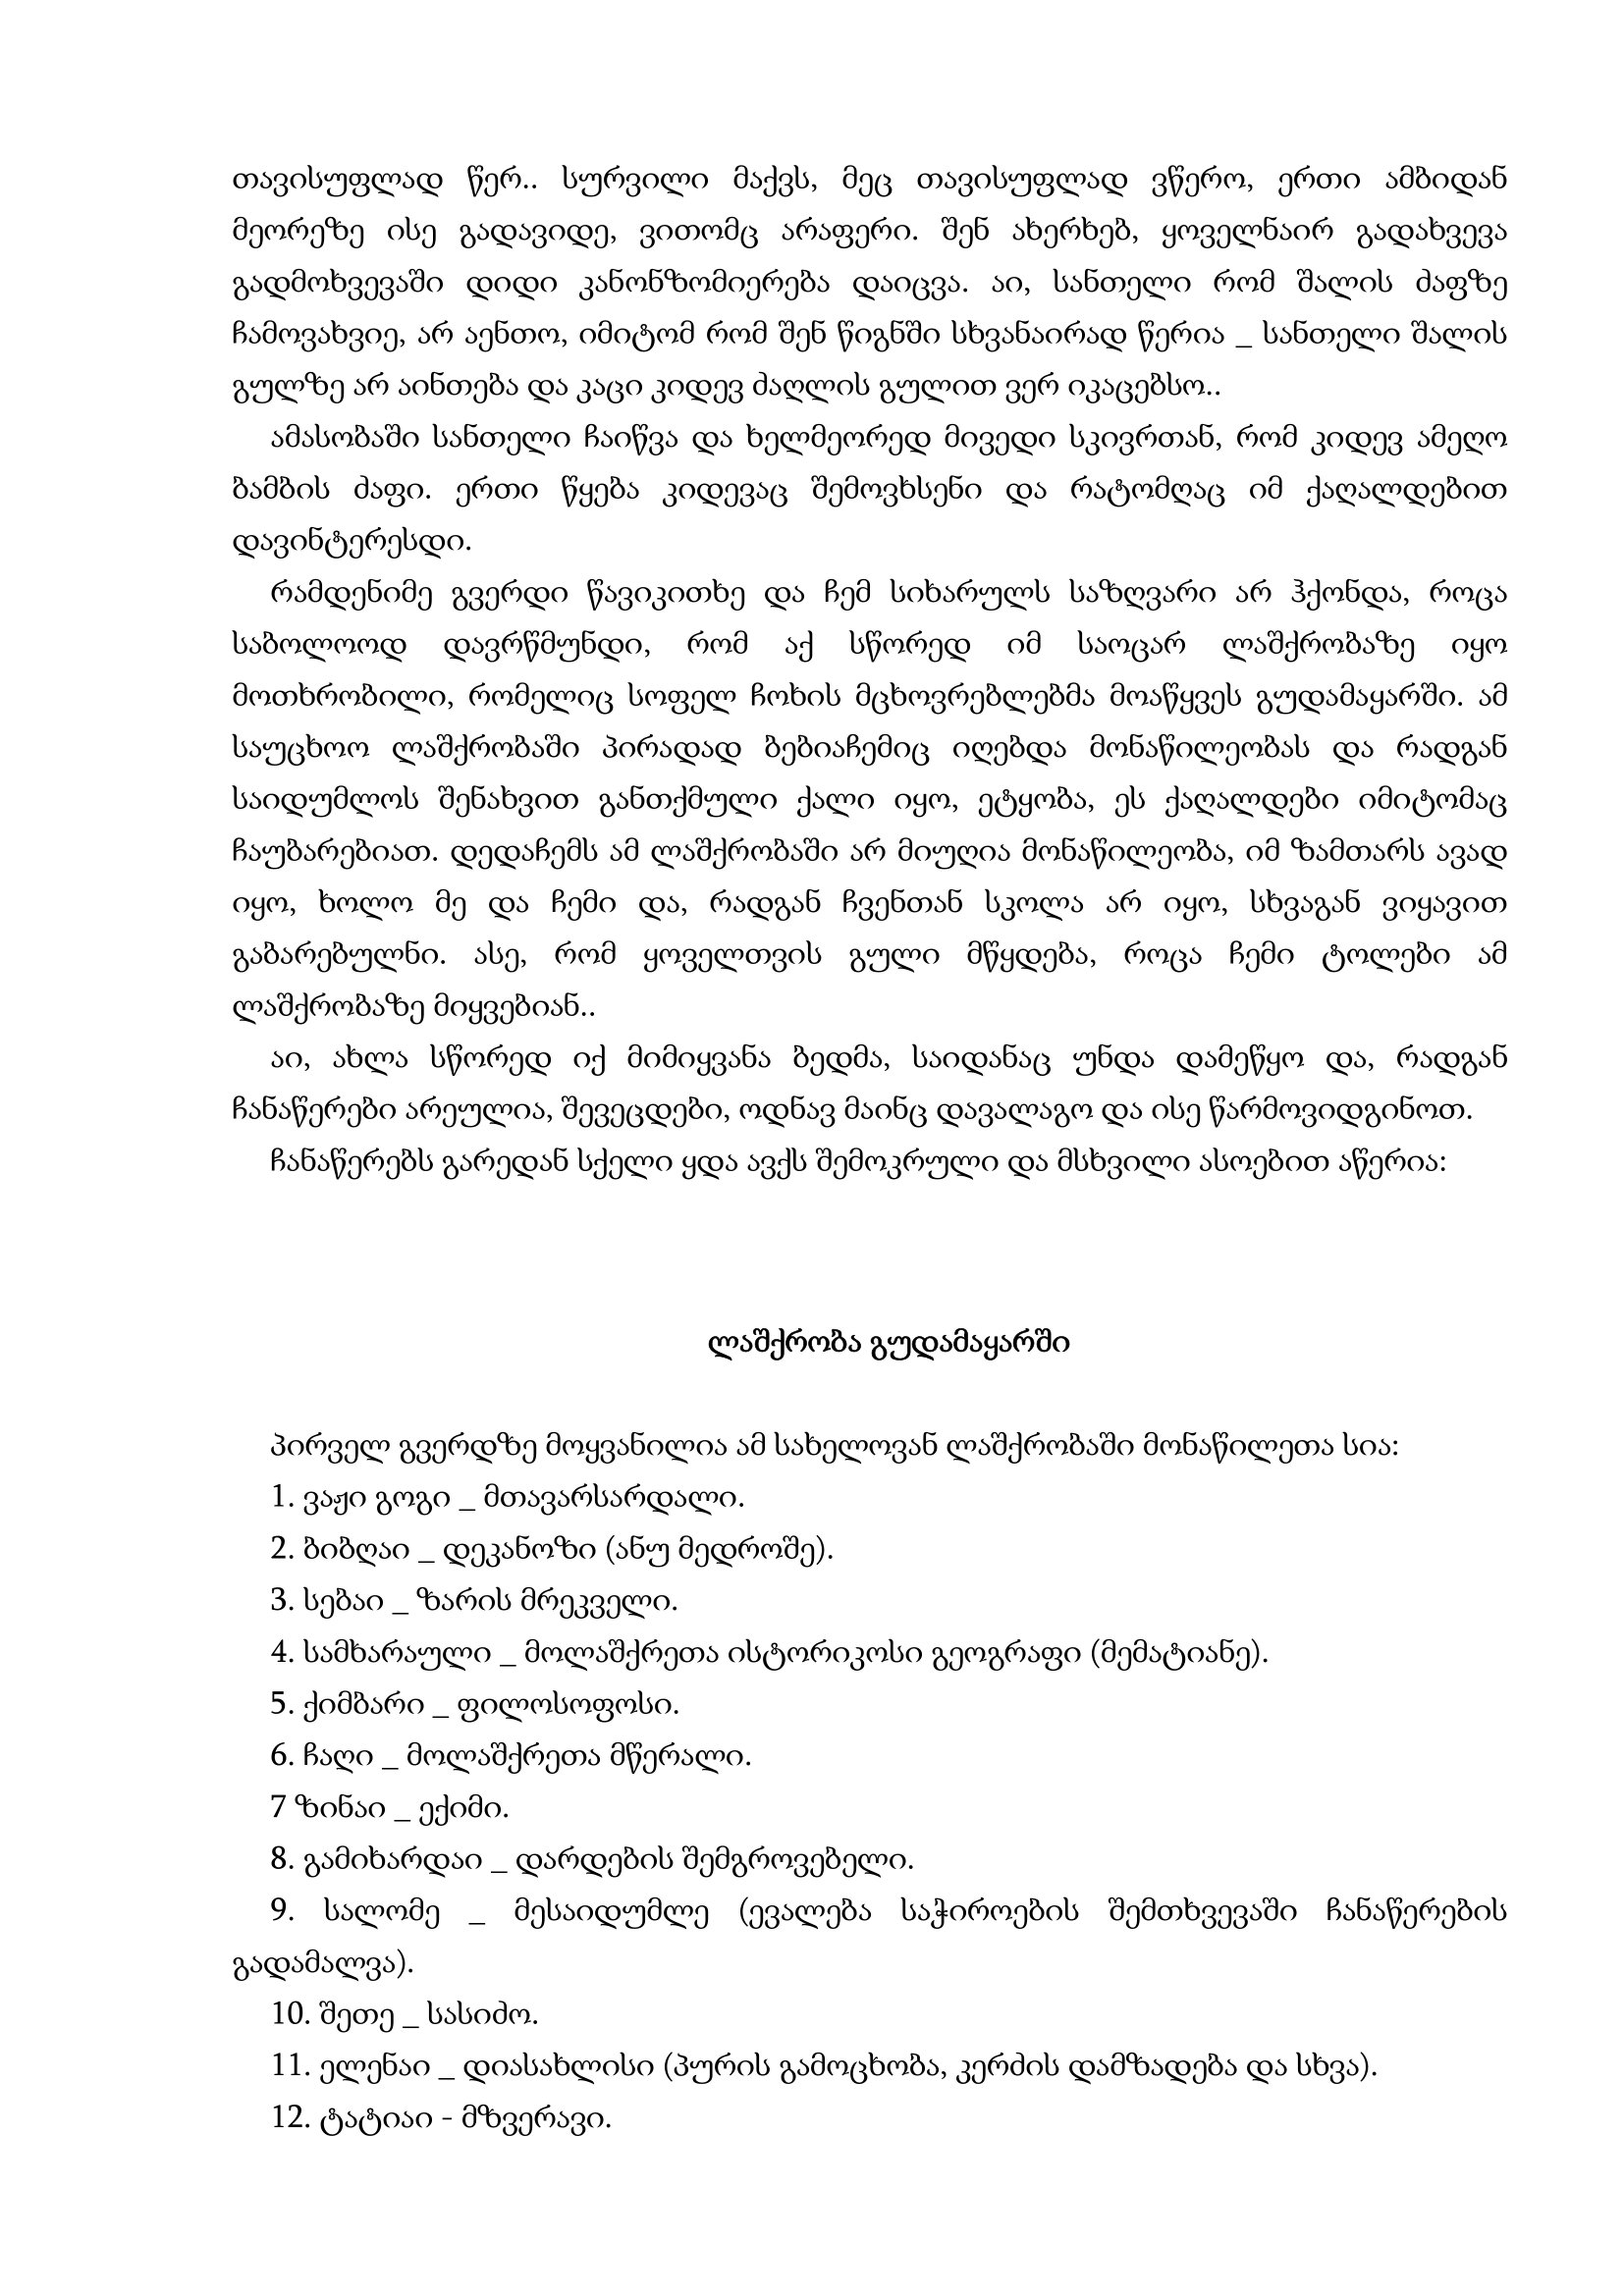
Language: gr